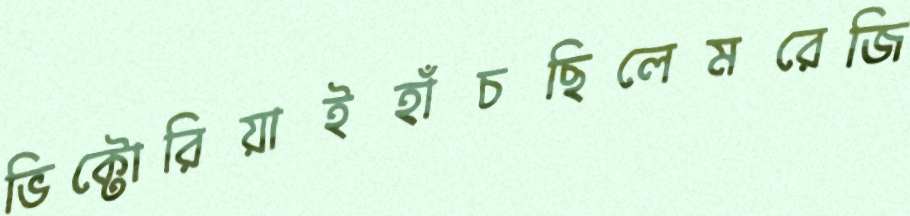
ভিক্টোরিয়াইহাঁচছিলেমরেজি